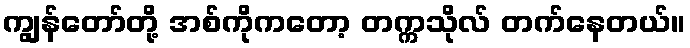
ကျွန်တော်တို့ အစ်ကိုကတော့ တက္ကသိုလ် တက်နေတယ်။